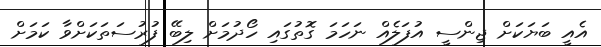
އެއީ ބަޔަކަށް ޖިންސީ އުފަލެއް ނަހަމަ ގޮތުގައި ހޯދުމަށް ލިބޭ ފުރުސަތަކަށްވާ ކަމަށް